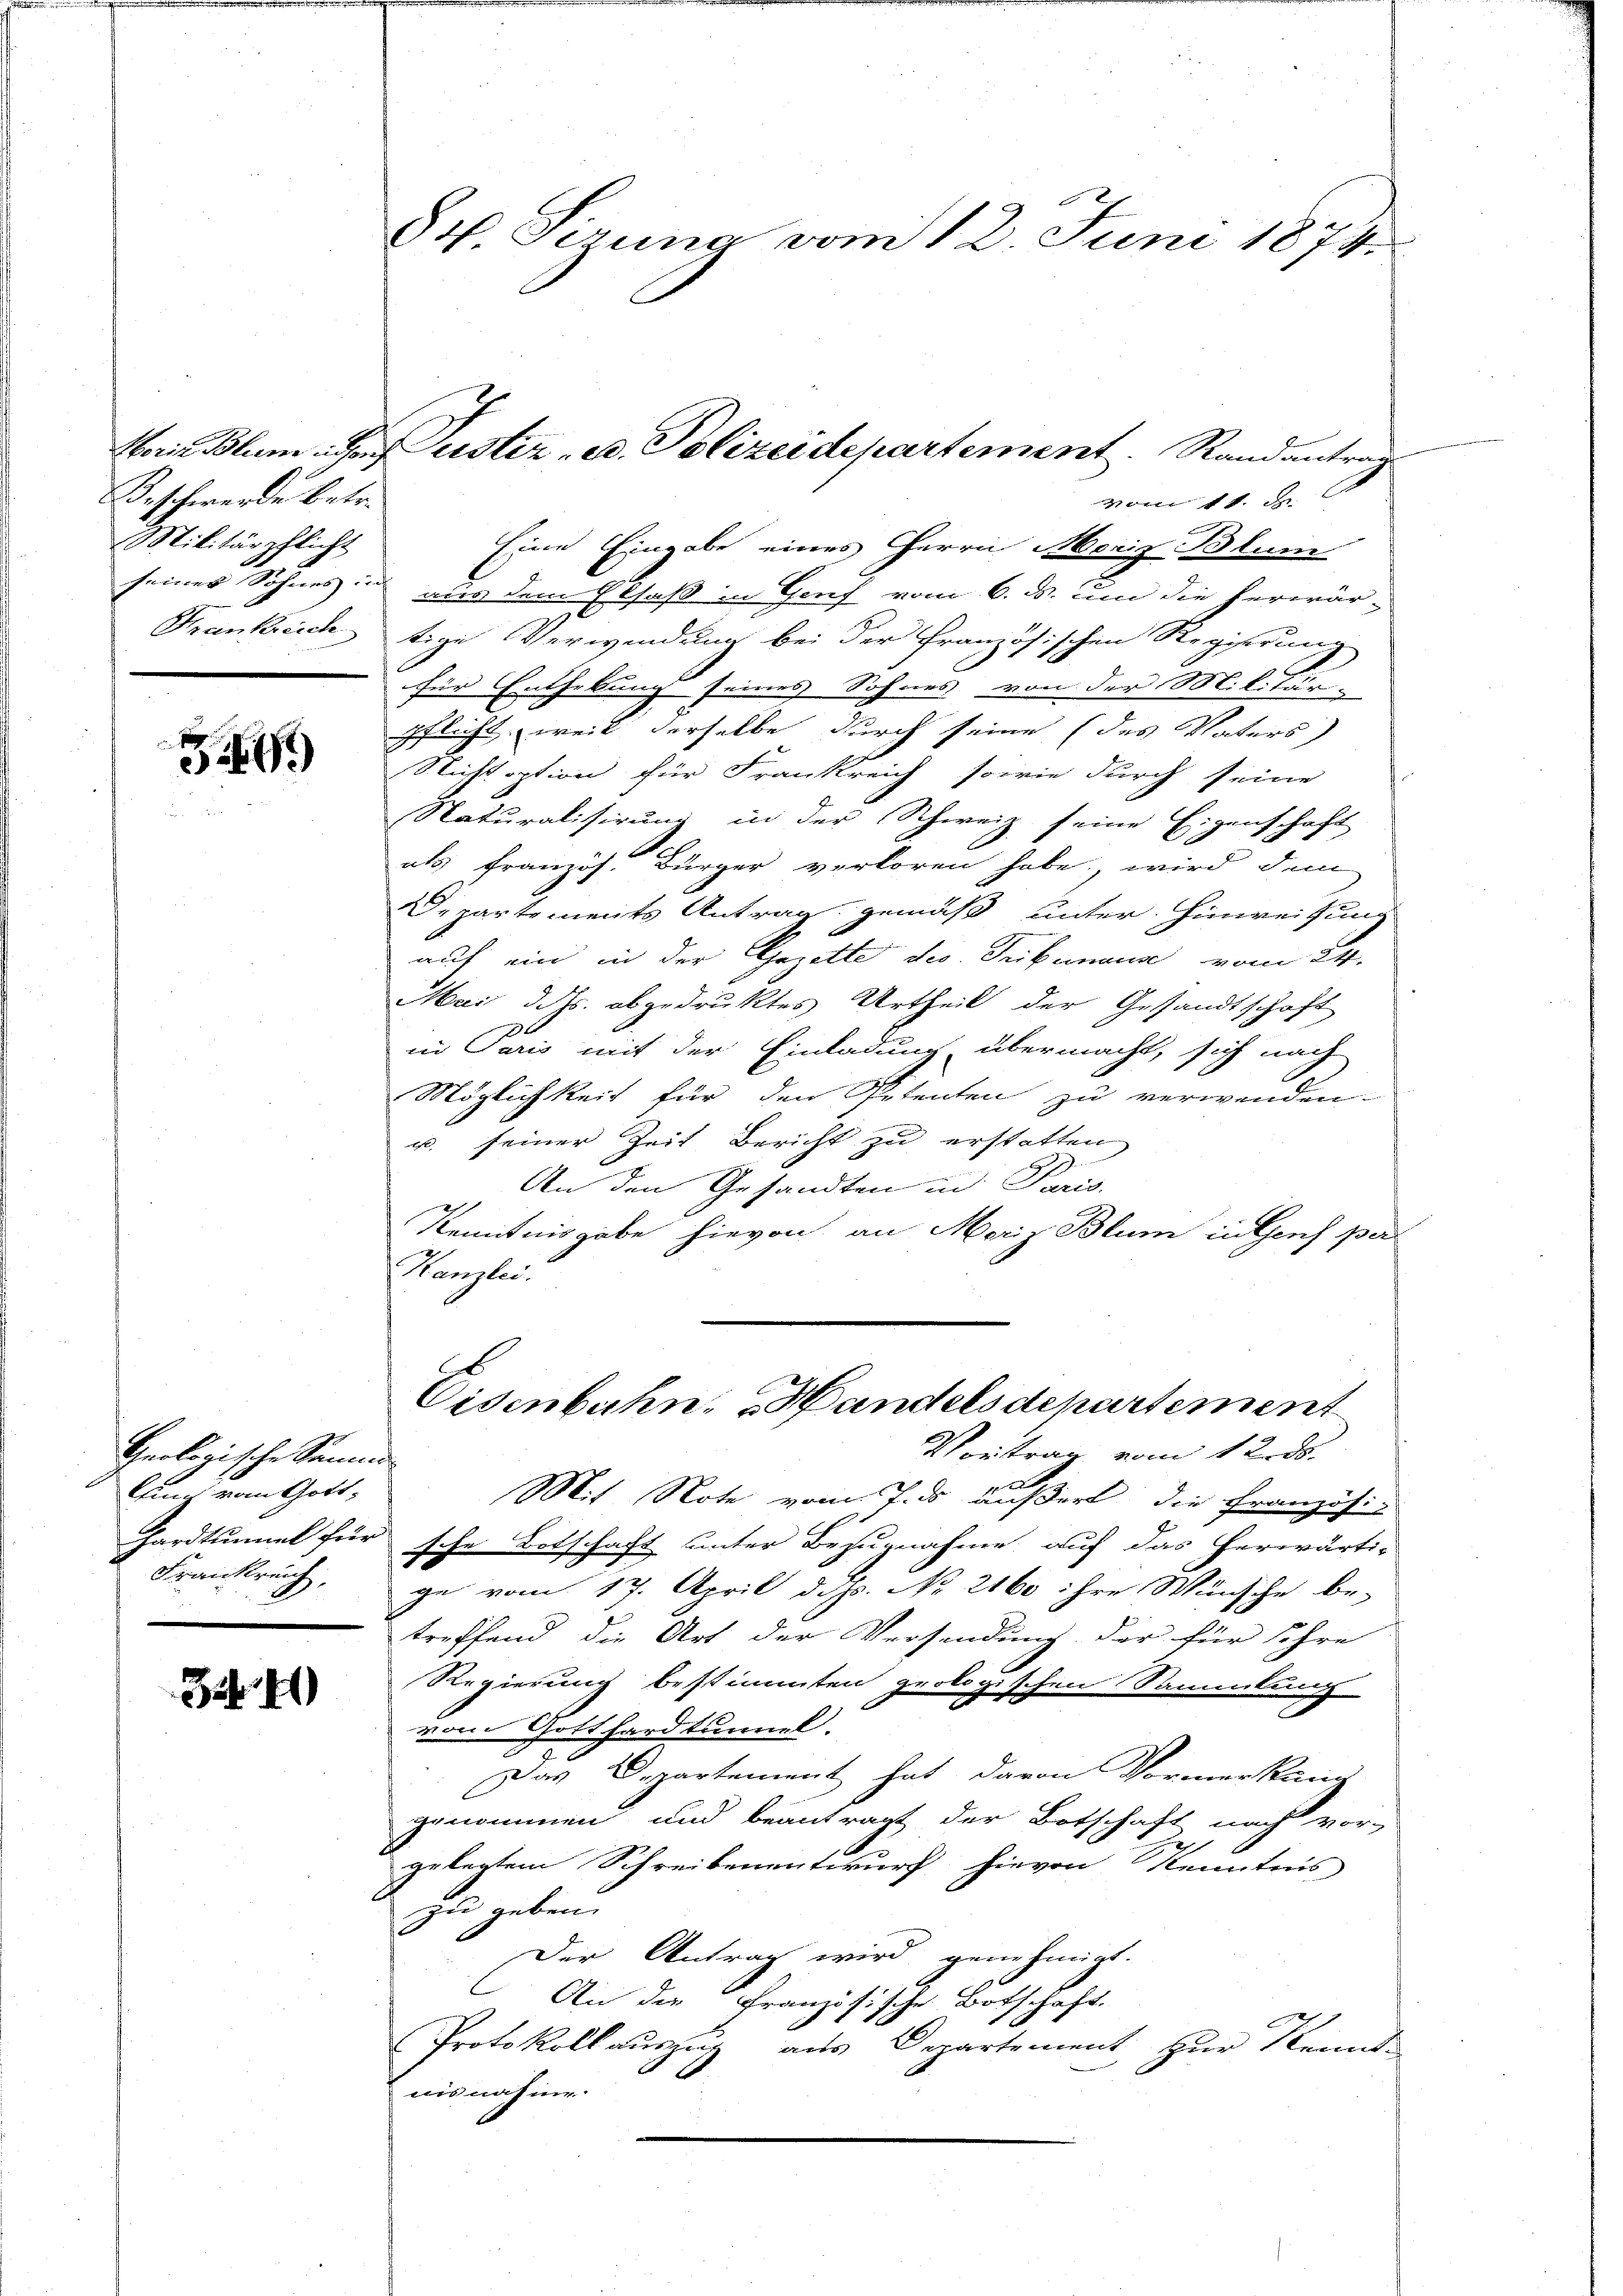
Beschwerde betr.
Militärpflicht

Z

Geologische Samme
lling vom Gott,
Frankreich,

35. 41)

84 Sizung vom 12. Juni 1874.

vom 14. d.
Eine Eingabe eines Herrn Moriz Blum
seiner Sohnes in aus dem Elsaß in Genf vom 6. d. um die herwär-
Frankreichtige Verwendung bei der Französischen Regierung
für Enthebung seines Sohnes von der Militär-
pflicht, weil derselbe durch seine (des Vaters
Nichtoption für Frankreich sowie durch seine
Naturalisirung in der Schweiz seine Eigenschaft
als Französ. Bürger verloren habe, wird dem
Departements Antrag gemäß unter Hinweisung
auf ein in der Gezette des Tribunaus vom 24.
Mai dass abgedruktes Urtheil der Gesandtschaft
in Paris mit der Einladung übermacht, sich nach
Möglichkeit für den Petenten zu verwenden.
u. seiner Zeit Bericht zu erstatten,
An den Gesandten in Paris,
Kenntnisgabe hievon, an Merz Blum in Genf per
Kanzlei.
Eisenbahn, Handelsdepartement
Vortrag vom 1 Rrds.
x
Mit Note vom 7. ds äußert, die Fra

nzösi¬
Hardtunnel für sche Botschaft unter Bezugnahme auf das herwärti-
ge vom 17. April d. d. No 2160 ihre Wünsche be-
treffend die Art der Versendung der für ihre
Regierung bestimmten prologischen Sammlung
vom Gotthardtunnel.
Das Departement hat davon Vormerkung
genommen und beantragt der Botschaft nach vor-
gelegtem Schreibenentwurf hievon Kenntnis
zu geben.
Der Antrag wird genehmigt.
 An die Französische Botschaft.
Protokoll auszug aus Departement, zur Kennt-
nis nahme.

Morin Blum das erster ed. Polizeidepartement. Randantrag